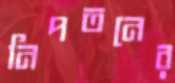
নিপতনের